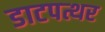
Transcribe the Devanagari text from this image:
डाटपत्थर